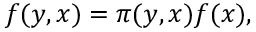
f ( y , x ) = \pi ( y , x ) f ( x ) ,